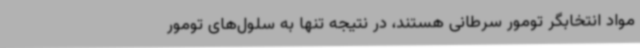
مواد انتخابگر تومور سرطانی هستند، در نتیجه تنها به سلول‌های تومور